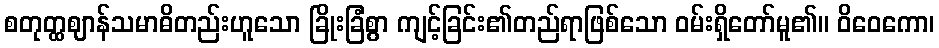
စတုတ္ထဈာန်သမာဓိတည်းဟူသော ခြိုးခြံစွာ ကျင့်ခြင်း၏တည်ရာဖြစ်သော ဝမ်းရှိတော်မူ၏။ ဝိဝေကော၊